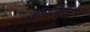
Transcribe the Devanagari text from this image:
जीणर्त्वात्ते